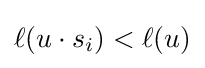
\ell (u\cdot s_{i})<\ell (u)